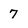
Character: 7